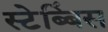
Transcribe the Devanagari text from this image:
स्टेब्बिंस